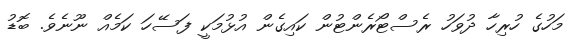
މަހުގެ ހުރިހާ ދުވަހު ރެސްޓޯރެންޓުން ކައިގެން އުޅުމަކީ ފަސޭހަ ކަމެއް ނޫނެވެ. ބޮޑު